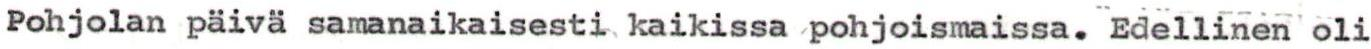
Pohjolan päivä samanaikaisesti kaikissa pohjoismaissa. Edellinen oli